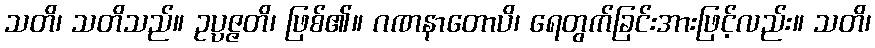
သတိ၊ သတိသည်။ ဥပ္ပဇ္ဇတိ၊ ဖြစ်၏။ ဂဏနာတောပိ၊ ရေတွက်ခြင်းအားဖြင့်လည်း။ သတိ၊